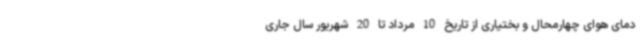
دمای هوای چهارمحال و بختیاری از تاریخ 10 مرداد تا 20 شهریور سال جاری